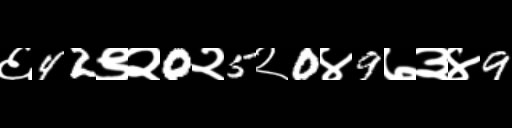
Text: ६42९२0२5२0४9७३४9